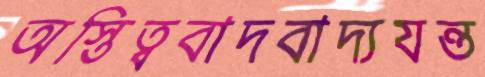
অস্তিত্ববাদবাদ্যযন্ত